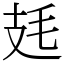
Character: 㲍